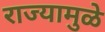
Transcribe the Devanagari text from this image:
राज्यामुळे